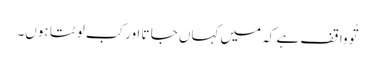
تُو وا قف ہے کہ میں کہاں جا تا اور کب لو ٹتا ہوں۔